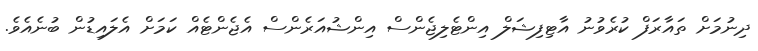
ދިނުމަށް ތައާރަފް ކުރެވުނު އާޓިފިޝަލް އިންޓެލިޖެންސް އިންޝުއަރެންސް އެޖެންޓެއް ކަމަށް އެލައިޑުން ބުނެއެވެ.